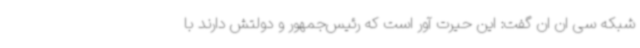
شبکه سی ان ان گفت: این حیرت آور است که رئیس‌جمهور و دولتش دارند با